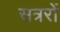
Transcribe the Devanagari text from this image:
सत्ररों